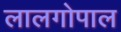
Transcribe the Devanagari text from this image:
लालगोपाल